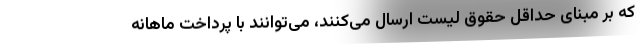
که بر مبنای حداقل حقوق لیست ارسال می‌کنند، می‌توانند با پرداخت ماهانه